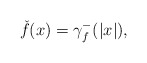
\begin{align*}\check{f}(x)=\gamma _{f}^{-}(|x|), \end{align*}